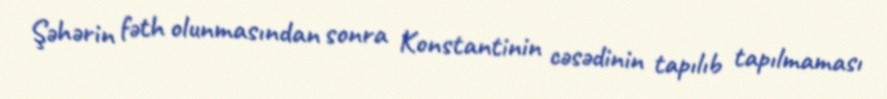
Şəhərin fəth olunmasından sonra Konstantinin cəsədinin tapılıb tapılmaması